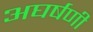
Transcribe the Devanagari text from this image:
अघर्षणी